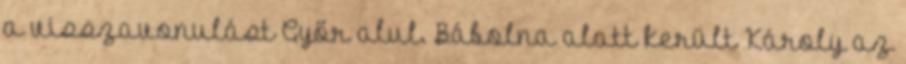
a visszavonulást Győr alul. Bábolna alatt került Károly az